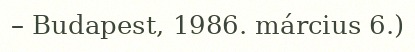
– Budapest, 1986. március 6.)